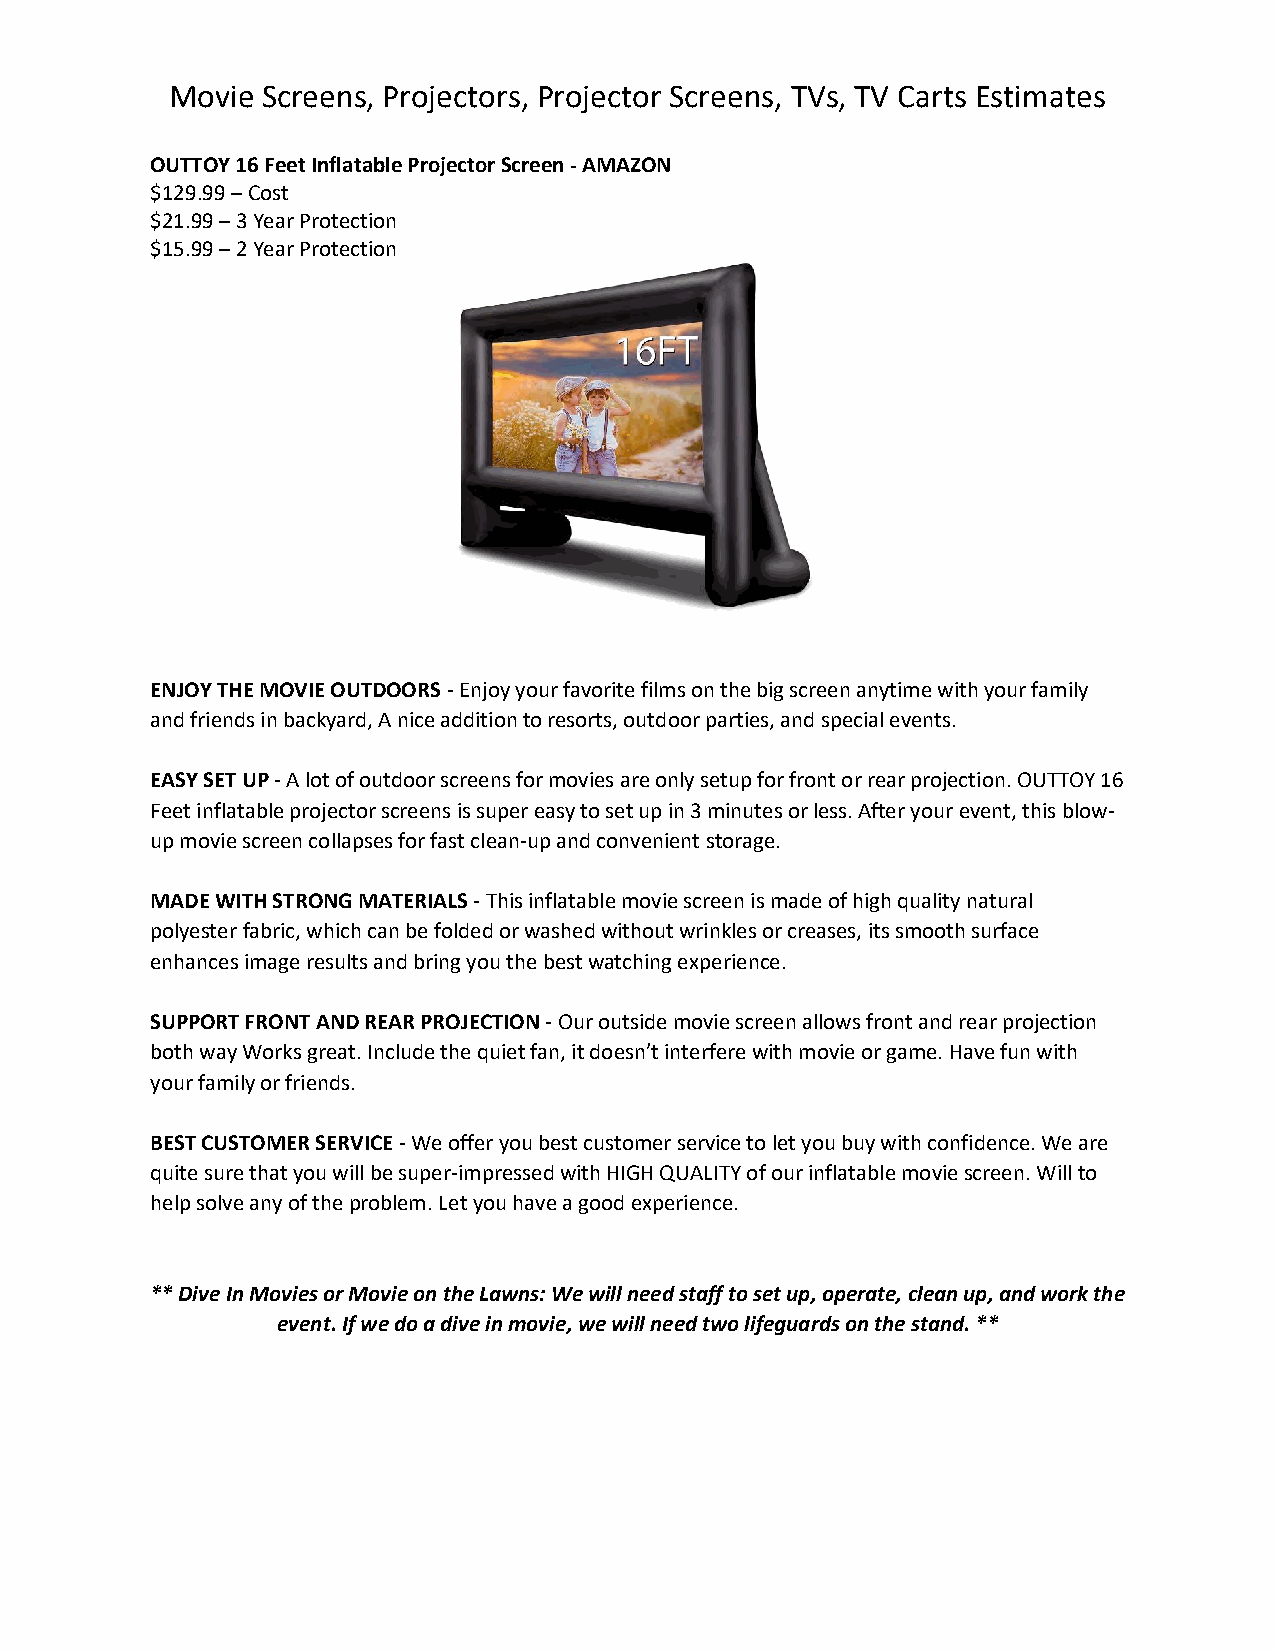
Movie Screens, Projectors, Projector Screens, TVs, TV Carts Estimates
 OUTTOY 16 Feet Inflatable Projector Screen -AMAZON
 $129.99 – Cost
 $21.99 – 3 Year Protection
 $15.99 – 2 Year Protection
 ENJOY THE MOVIE OUTDOORS -Enjoy your favorite films on the big screen anytime with your family
 and friends in backyard, A nice addition to resorts, outdoor parties, and special events.
 EASY SET UP -A lot of outdoor screens for movies are only setup for front or rear projection. OUTTOY 16
 Feet inflatable projector screens is super easy to set up in 3 minutes or less. After your event, this blow-
 up movie screen collapses for fast clean-up and convenient storage.
 MADE WITH STRONG MATERIALS -This inflatable movie screen is made of high quality natural
 polyester fabric, which can be folded or washed without wrinkles or creases, its smooth surface
 enhances image results and bring you the best watching experience.
 SUPPORT FRONT AND REAR PROJECTION -Our outside movie screen allows front and rear projection
 both way Works great. Include the quiet fan, it doesn’t interfere with movie or game. Have fun with
 your family or friends.
 BEST CUSTOMER SERVICE -We offer you best customer service to let you buy with confidence. We are
 quite sure that you will be super-impressed with HIGH QUALITY of our inflatable movie screen. Will to
 help solve any of the problem. Let you have a good experience.
 ** Dive In Movies or Movie on the Lawns: We will need staff to set up, operate, clean up, and work the
 event. If we do a dive in movie, we will need two lifeguards on the stand. **